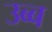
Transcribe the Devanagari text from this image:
उब्ब